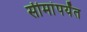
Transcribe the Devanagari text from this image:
सीमांपर्यंत